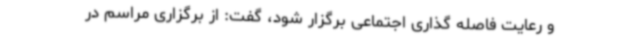
و رعایت فاصله گذاری اجتماعی برگزار شود، گفت: از برگزاری مراسم در